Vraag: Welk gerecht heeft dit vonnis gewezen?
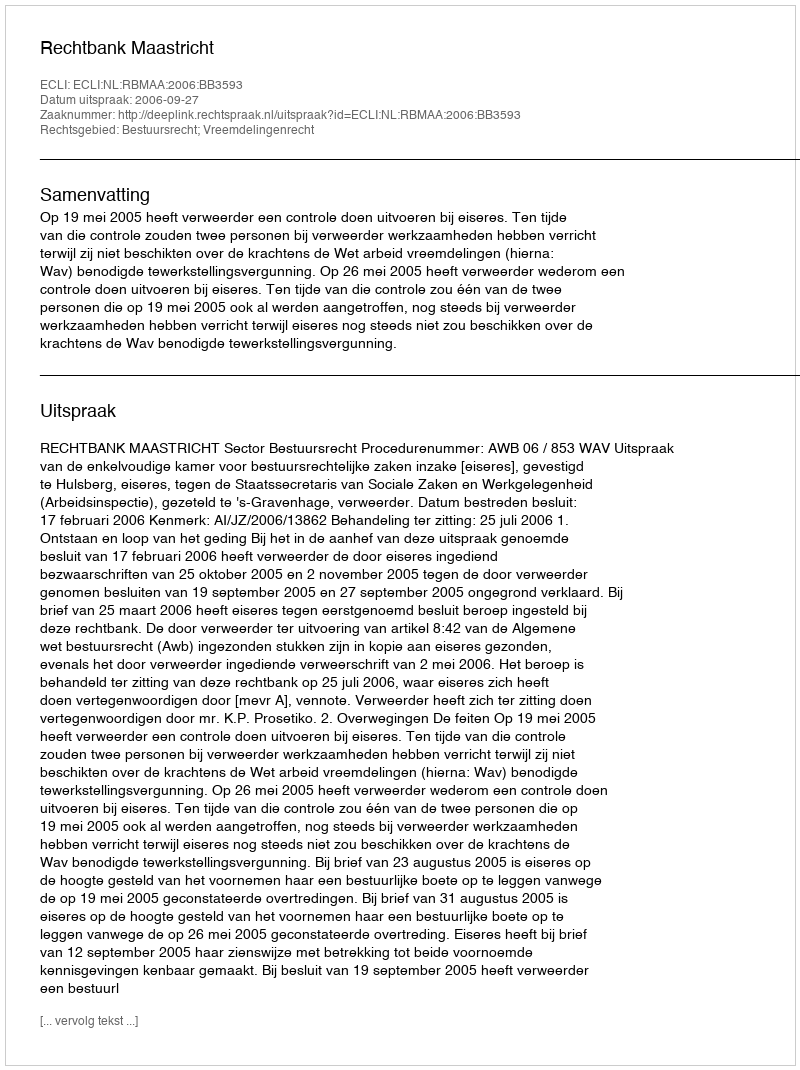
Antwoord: Rechtbank Maastricht